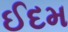
ઈદમ